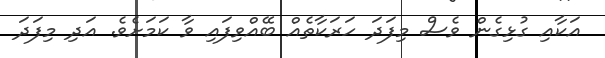
އަކާއި ގުޅިގެން ވެސް މިފަދަ ހަރަކާތެއް ބޭއްވިފައި ވާ ކަމަށެވެ. އަދި މިފަދަ